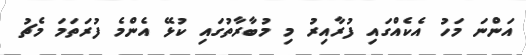
އަންނަ މަހު އެކެއްގައި ފުރާއިރު މި މުބާރާތުގައި ކުޅޭ އެންމެ ފުރަތަމަ މެޗު